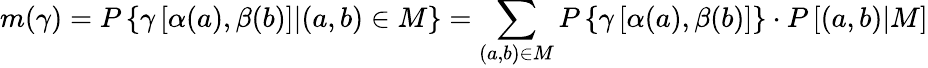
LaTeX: m(\gamma)=P\left\{ \gamma\left[\alpha(a),\beta(b)\right]|(a,b)\in M\right\} =\sum_{(a,b)\in M}P\left\{ \gamma\left[\alpha(a),\beta(b)\right]\right\} \cdot P\left[(a,b)|M\right]